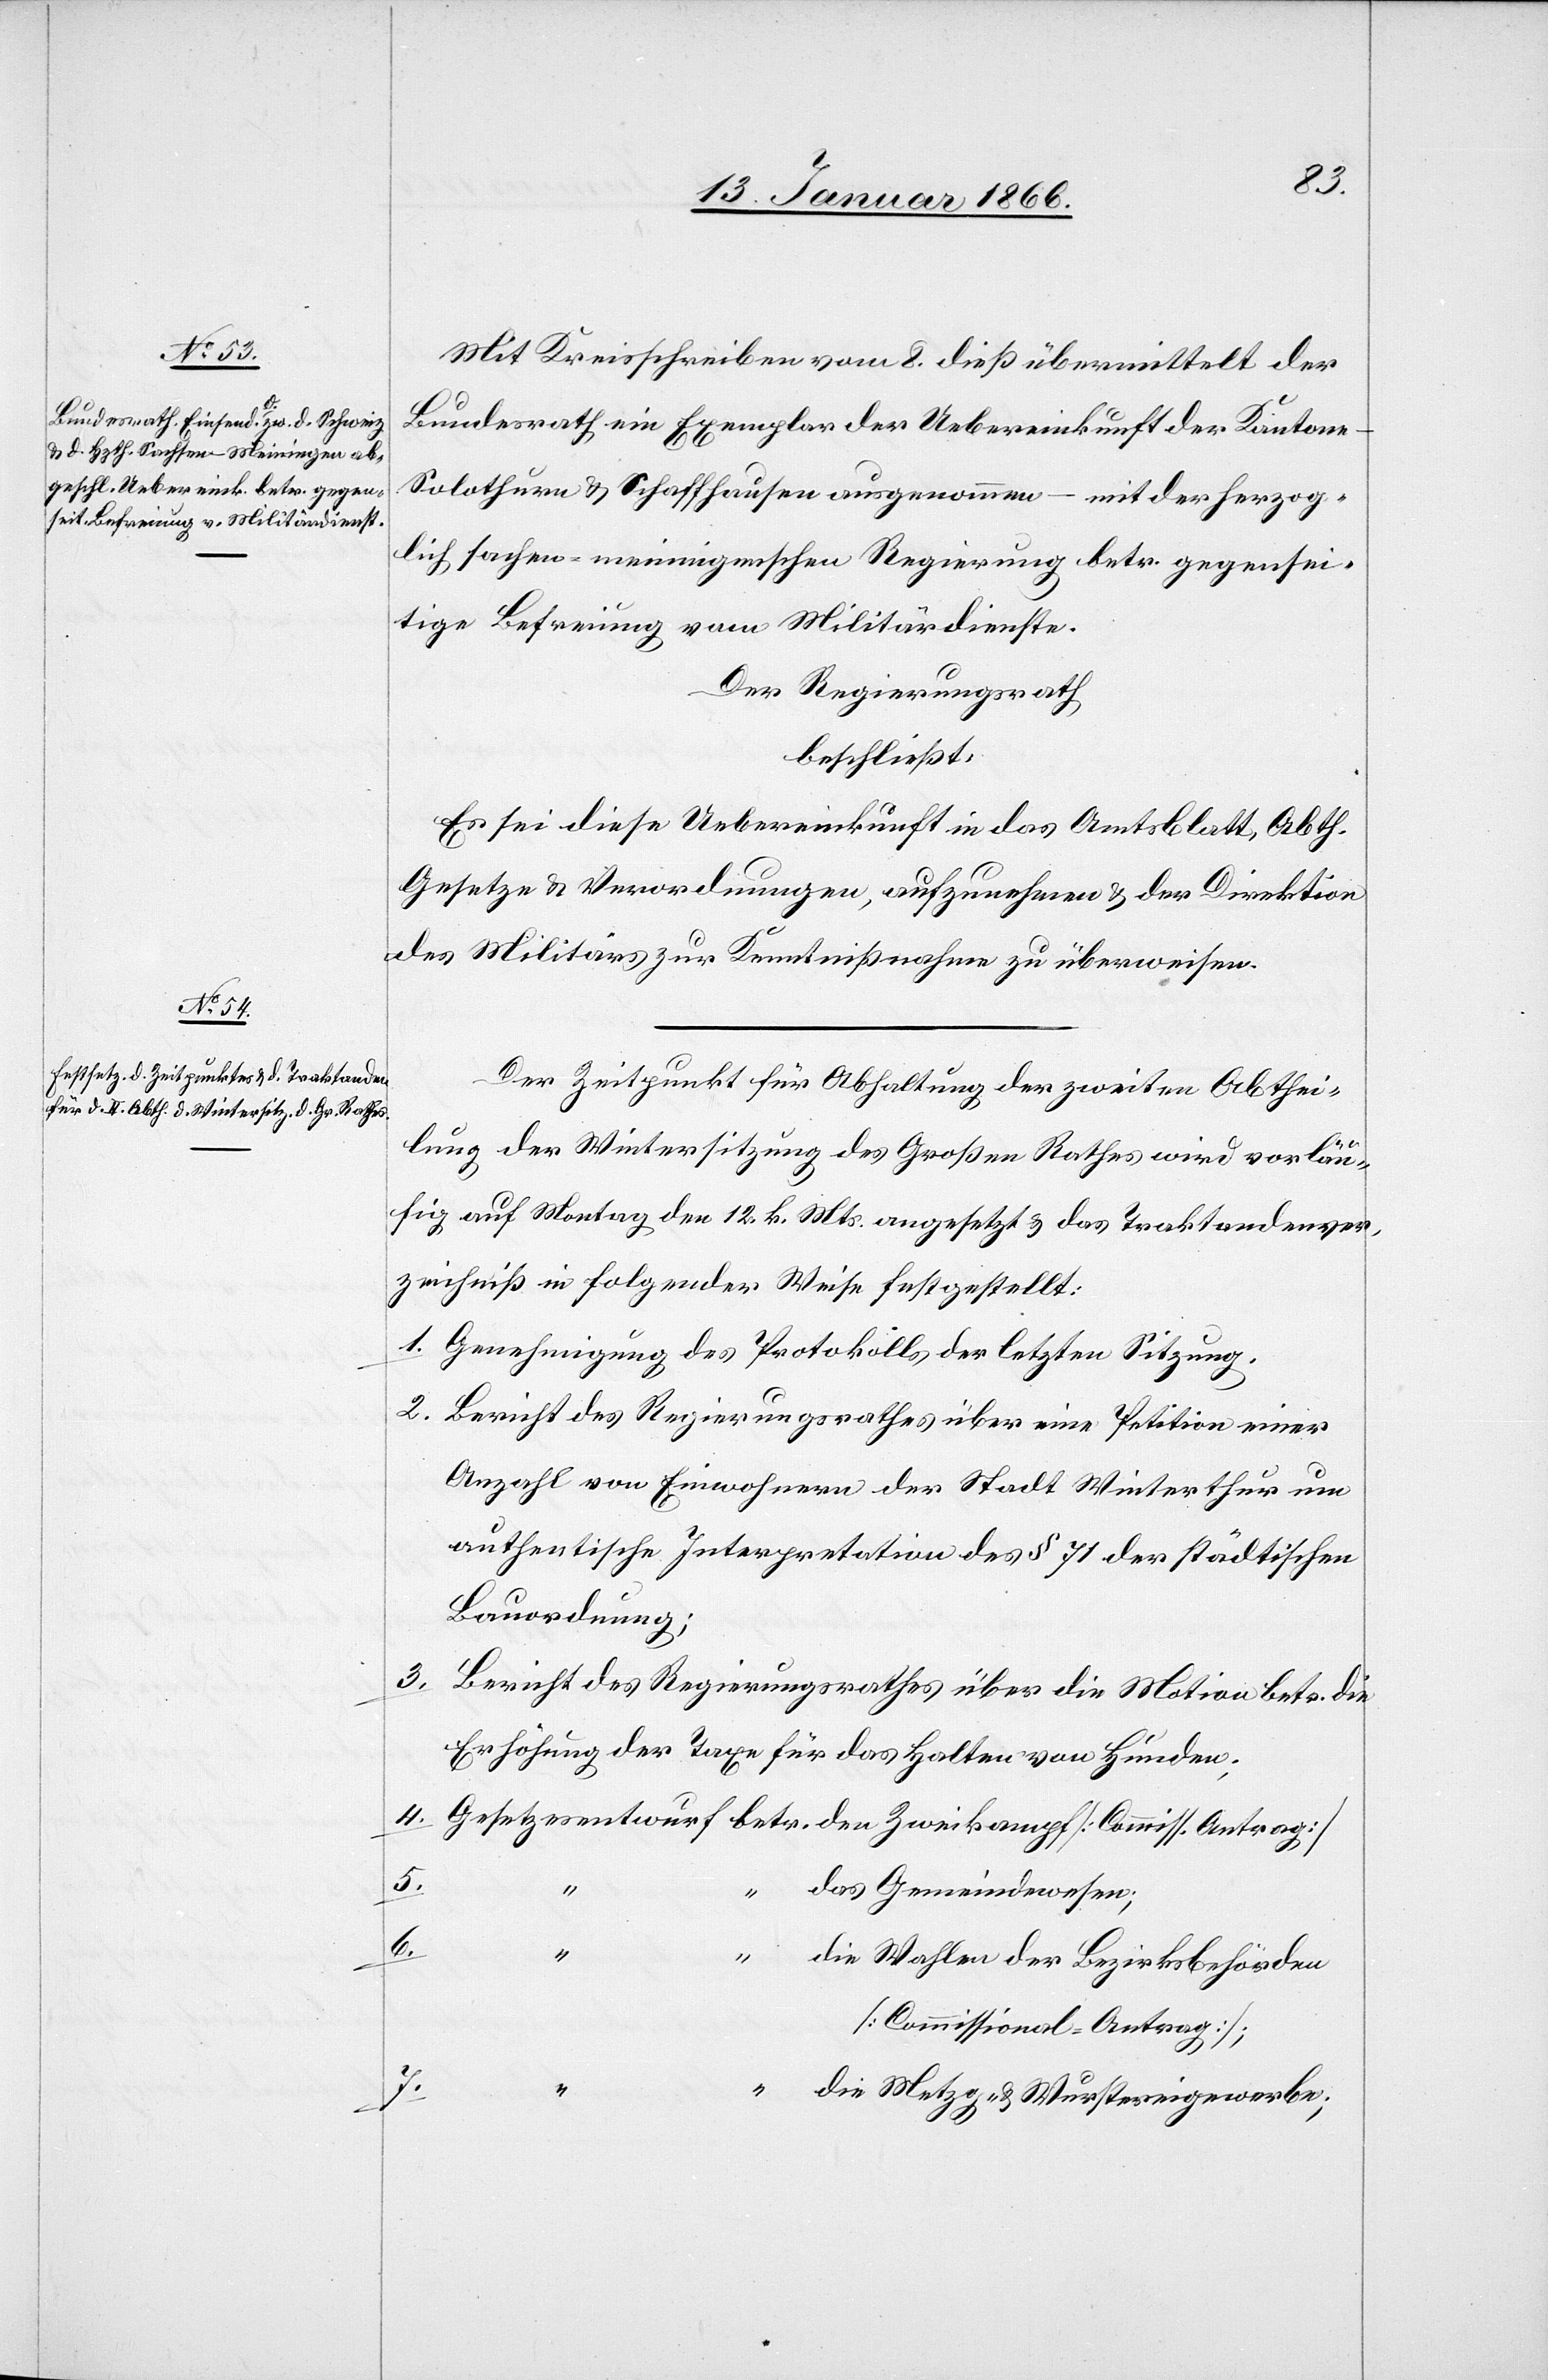
Mit Kreisschreiben vom 8. dieß übermittelt der
Bundesrath ein Exemplar der Uebereinkunft der Kantone
Solothurn u. Schaffhausen ausgenommen
u.
mit der herzog¬
lich sachsen-meiningeschen Regierung betr. gegensei¬
tige Befreiung vom Militärdienste.
Der Regierungsrath
beschließt,
Es sei diese Uebereinkunft in das Amtsblatt, Abth.
Gesetze u. Verordnungen, aufzunehmen u. der Direktion
des Militärs zur Kenntnißnahme zu überweisen.
Der Zeitpunkt für Abhaltung der zweiten Abthei¬
lung der Wintersitzung des Großen Rathes wird vorläu¬
fig auf Montag den 12. k. Mts. angesetzt u. das Traktandenver¬
zeichniß in folgender Weise festgestellt:
1. Genehmigung des Protokolls der letzten Sitzung.
2. Bericht des Regierungsrathes über eine Petition einer
Anzahl von Einwohnern der Stadt Winterthur um
authentische Interpretation des § 71 der städtischen
Bauverordnung;
3.
Bericht des Regierungsrathes über die Motion betr. die
Erhöhung der Taxe für das Halten von Hunden.
4. Gesetzesentwurf betr. der Zweikampf [Comiss. Antrag]
Wursterei¬
gewerbe;
Wahlen der Bezirksbehörden
[Commissional-Antrag];